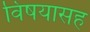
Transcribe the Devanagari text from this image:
विषयासह